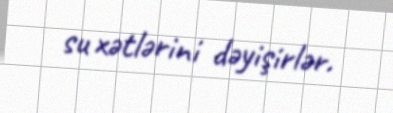
su xətlərini dəyişirlər.